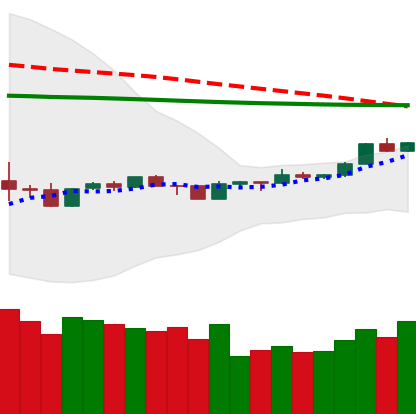
Ticker: TRX-USD
Chart end date: 2020-04-08
Forward return: -8.105%
Label: down_7plus